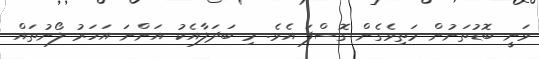
ވަނީ ބޮޑުތަނުން މަތިވެގެން ގޮސްފަ އެވެ. މި ބަދަލާއެކު އަންނަ އަހަރު ލޯނުތައް